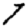
Digit: 7